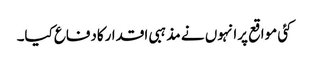
کئی مواقع پرانہوں نے مذہبی اقدارکادفاع کیا۔